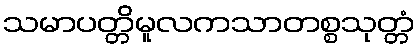
သမာပတ္တိမူလကသာတစ္စသုတ္တံ